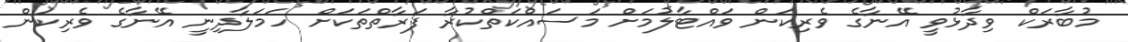
މުބާރަކް ވިދާޅުވީ އޭނާގެ ވެރިކަން ވައްޓާލުމަށް މަސައްކަތްކުރާ ފަރާތްތަކަށް ހަމަލާދިނީ އޭނާގެ ވެރިކަން